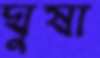
ঘুষা